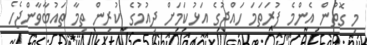
މި ގޮތުން އެންމެ ފުރަތަމަ ހައްޖުގެ އަޅުކަމަށް ދިއުމުގެ ކުރިން ތިމާ ތައުބާވާންޖެހެ